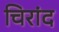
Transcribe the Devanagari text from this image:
चिरांद